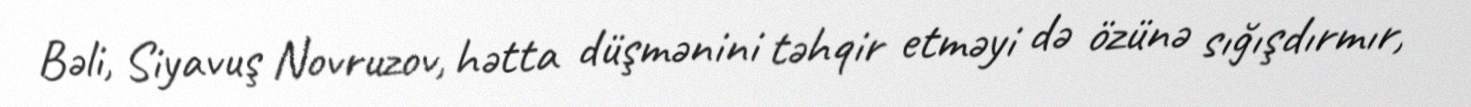
Bəli, Siyavuş Novruzov, hətta düşmənini təhqir etməyi də özünə sığışdırmır,